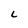
Character: L